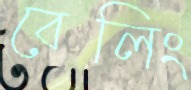
বেলিং